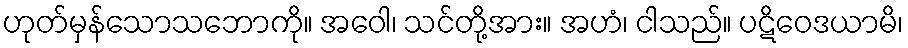
ဟုတ်မှန်သောသဘောကို။ အဝေါ၊ သင်တို့အား။ အဟံ၊ ငါသည်။ ပဋိဝေဒယာမိ၊